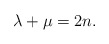
\begin{align*}\lambda+\mu=2n.\end{align*}